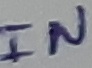
Text: IN